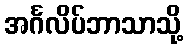
အင်္ဂလိပ်ဘာသာသို့